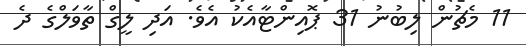
11 މެޗުން ލިބުނު 31 ޕޮއިންޓާއެކު އެވެ. އަދި ލީގް ތާވަލްގެ ދެ